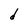
Character: d